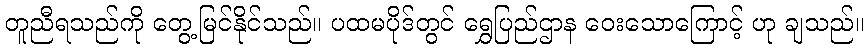
တူညီရသည်ကို တွေ့မြင်နိုင်သည်။ ပထမပိုဒ်တွင် ရွှေပြည်ဌာန ဝေးသောကြောင့် ဟု ချသည်။